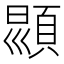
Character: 𩒳